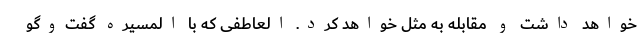
خواهد داشت و مقابله به مثل خواهد کرد. العاطفی که با المسیره گفت‌وگو